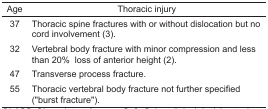
| Age | Thoracic injury |
 | --- | --- |
 | 37 | Thoracic spine fractures with or without dislocation but no cord involvement (3). |
 | 32 | Vertebral body fracture with minor compression and less than 20% loss of anterior height (2). |
 | 47 | Transverse process fracture. |
 | 55 | Thoracic vertebral body fracture not further specified (“burst fracture”). |